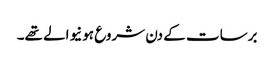
برسات کے دن شروع ہونیوالے تھے۔